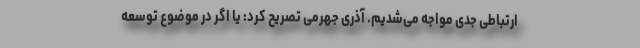
ارتباطی جدی مواجه می‌شدیم. آذری جهرمی تصریح کرد: یا اگر در موضوع توسعه